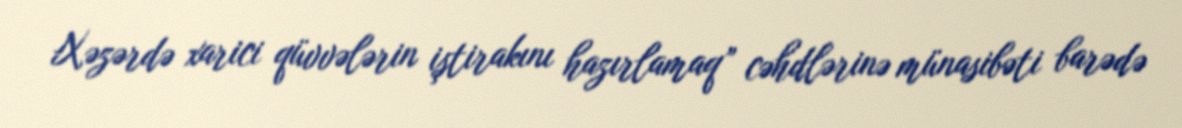
Xəzərdə xarici qüvvələrin iştirakını hazırlamaq” cəhdlərinə münasibəti barədə